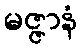
မဇ္ဇာနံ